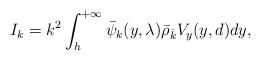
LaTeX: \begin{align*}I_k=k^2 \int_h^{+\infty} \bar \psi_k(y,\lambda) \bar \rho_{\bar k} V_y(y,d) dy,\end{align*}